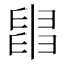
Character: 𦦀